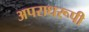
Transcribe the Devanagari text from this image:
अपराधरूपी